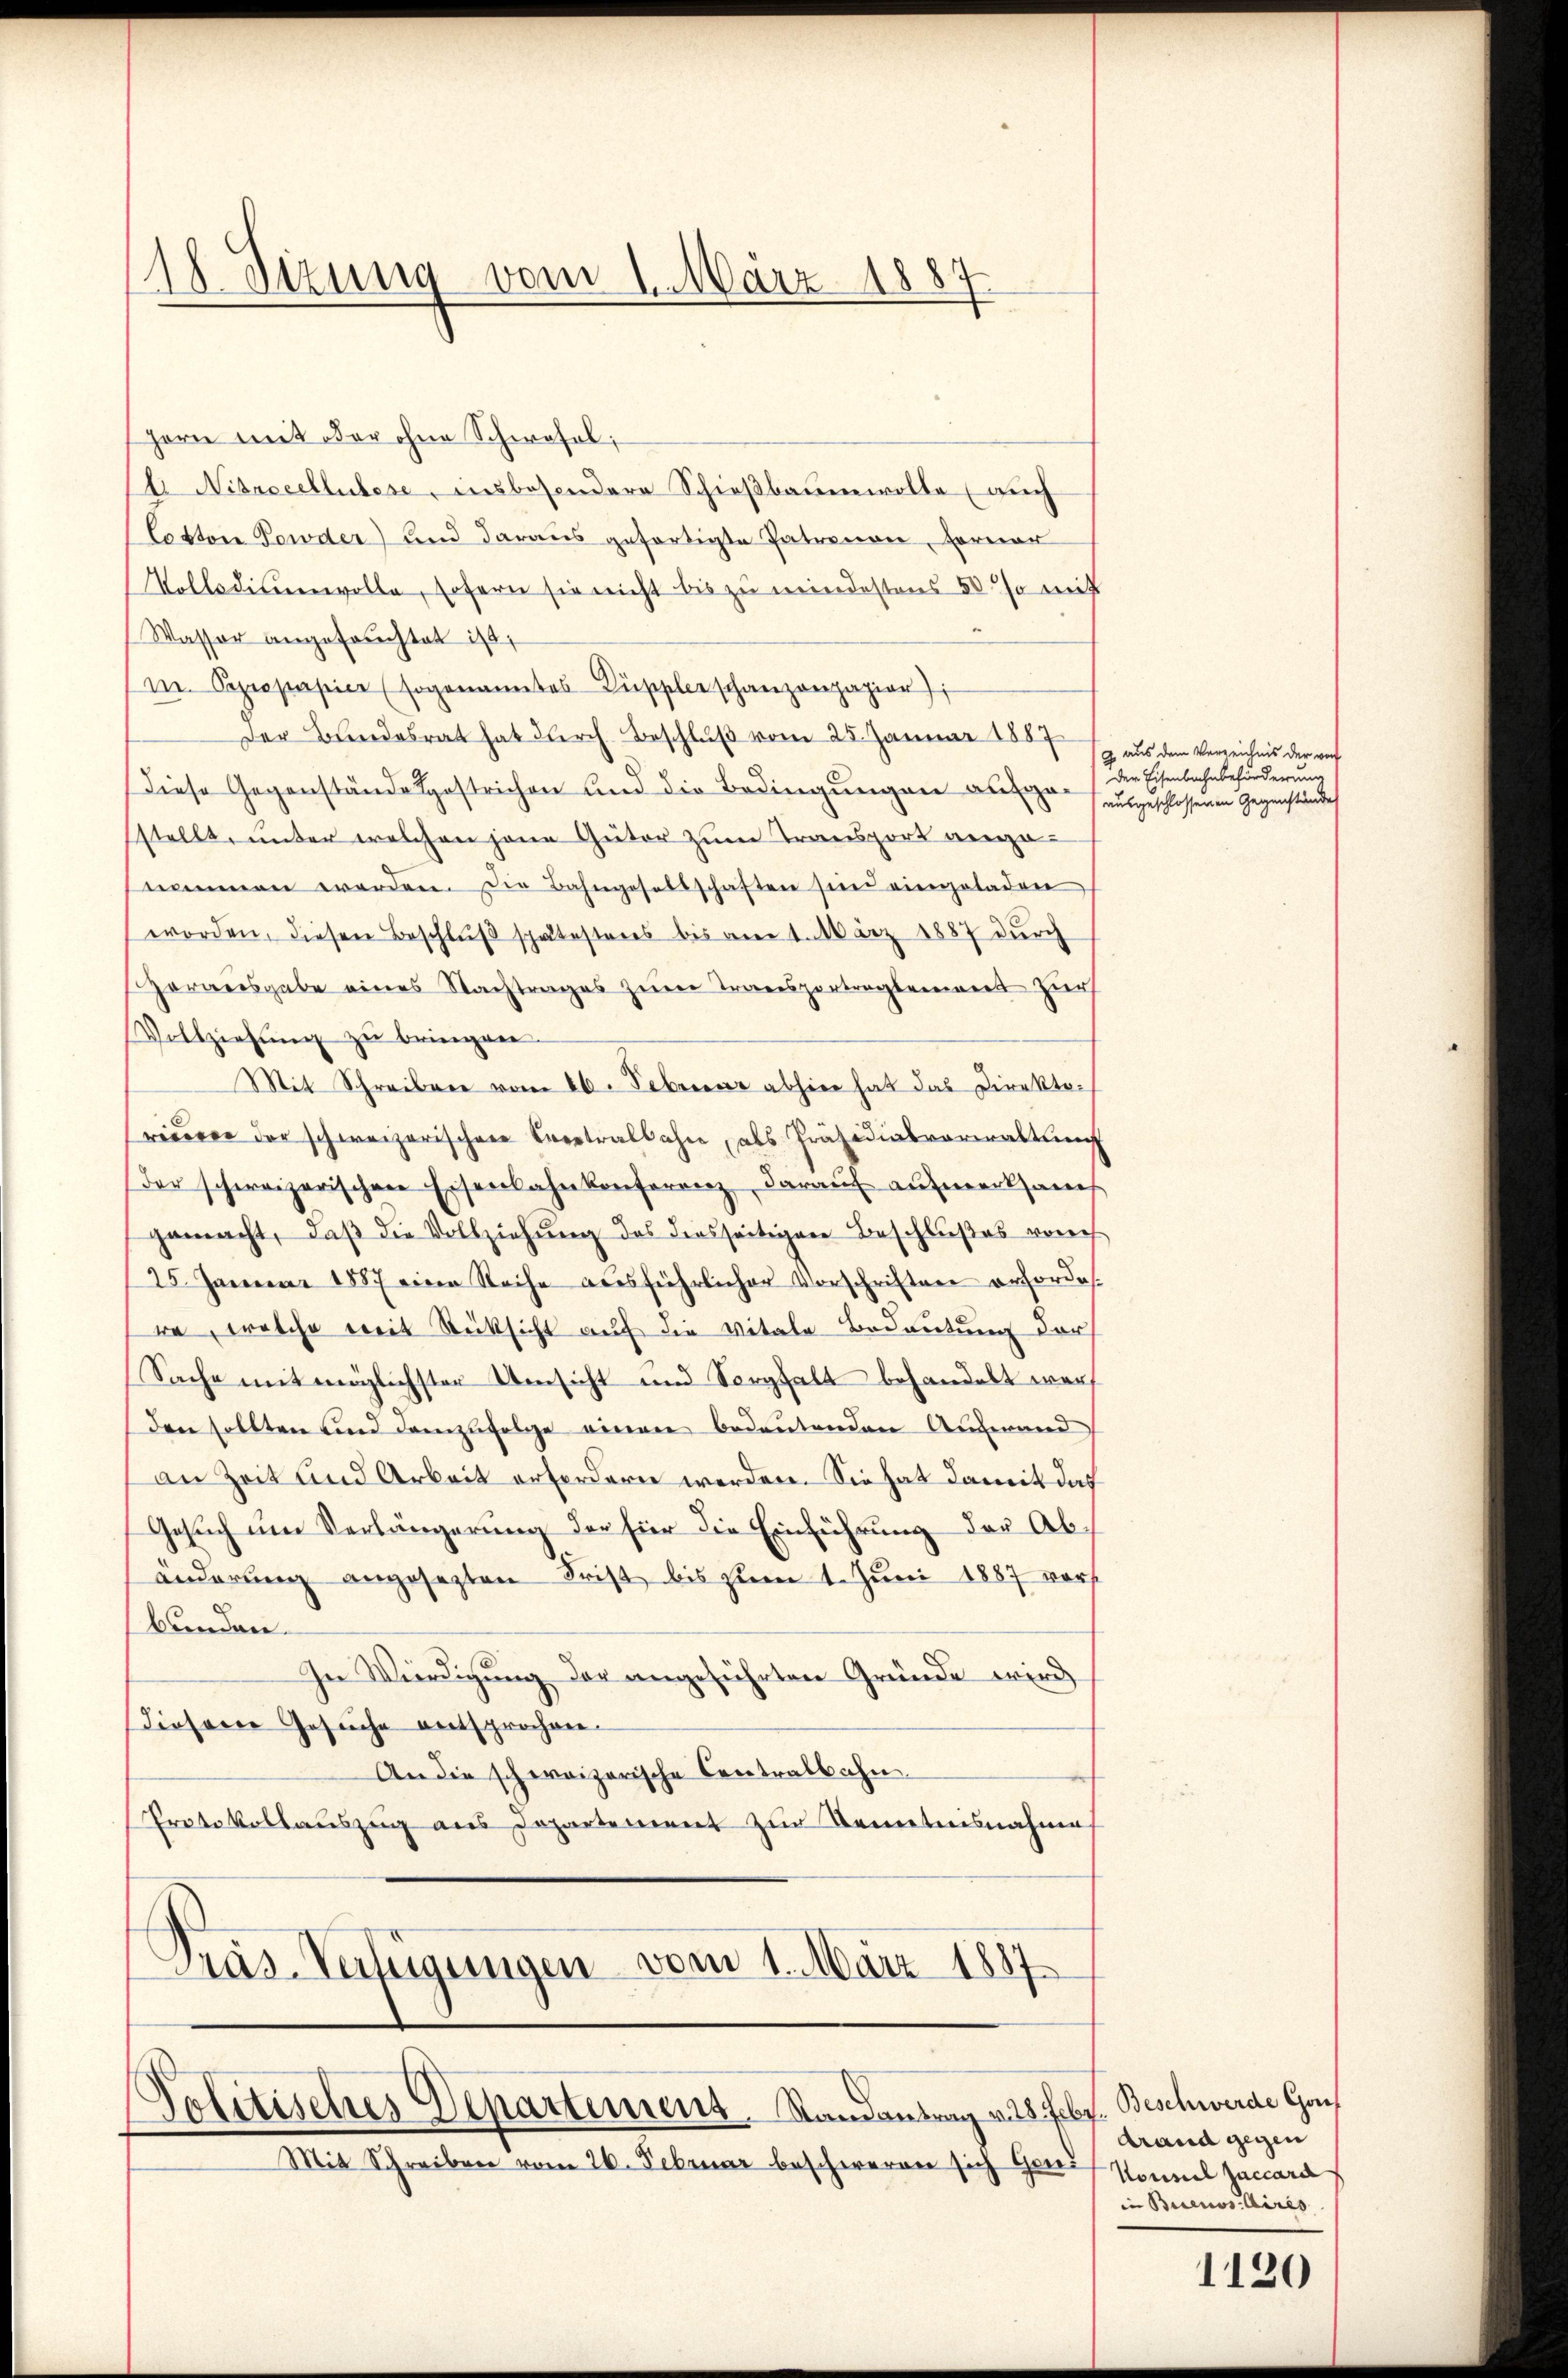
§87
18. Sizung vom 1. März

Hern mit oder ohne Schwefel;
E Nitasccllubese, insbesondere Schießbaumwolle (auch
Coston Towder) und daraus gefertigte Patronon, ferner
Volksdienenvolle, sofern sie nicht bis zu mindestens 50 so mit
Wasser angefochtet ist,
m. Papropapier (sogenanntes Suppler schanzonpapier
Der Bundesrat hat durch Beschlŭβ vom 25. Januar 1887
Diese Gegenstände gestrichen und die Bedingungen aufgesstellt, unter welchen jene Guter zum Transport vergenammen werden. Die Bahngesellschaften sein eingeladen
worden, diesen Beschlŭβ spätestens bis am 1. März 1887 durch
Zorausgabe eines Nachtrages zum Transportragtement zur
Vollziehung zu bringen.
Mit Schreiben vom 26. Februar abhier hat das Direktoreueren der schweizerischen Creatralbahne, als Präsidialverwaltung
der schweizerischen Eisenbahnkonferenz darauf aufmerksam
gemacht, daβ die Vollziehŭng des diesseitigen Beschlußes vorh
25. Januar 1887 eine Reihe ausführlicher Vorschriften erfordes
re, welche mit Rücksicht auf die Vitale Bedeutung der
Sache mit möglichster Umsicht und Sorgfalt behandelt werf
den sollten und demzufolge einen bedeutenden Auswand
an Zeit und Arbeit erfordern werden. Sie hat damit das
Gesuch um Verlängerung der für die Einführung der Abänderung angesezten Frist bis zum 1. Juni 1887 vors
bunden.
In Würdigung der angeführten Gründe wird
diesene Gesuche entsprochen.
An die schweizerische Centralbahn.
Protokollauszug aus Departement zur Kenntnisnahmen
Pras-Verfügungen vom 1. März 1887
Politisches Departement. Randantrag v. 28. Febr. Beschwerde Gou
Mit Schreiben vom 26. Februar beschweren sich Graf Sonnel Zaccara

g aus dem Verzeichnis der von
der Eisenbahnbeförderung
ausgeschlossenen Gegenstände

drand gegen
in Buenos Aires

1120